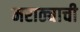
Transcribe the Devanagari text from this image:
मराठ्याची